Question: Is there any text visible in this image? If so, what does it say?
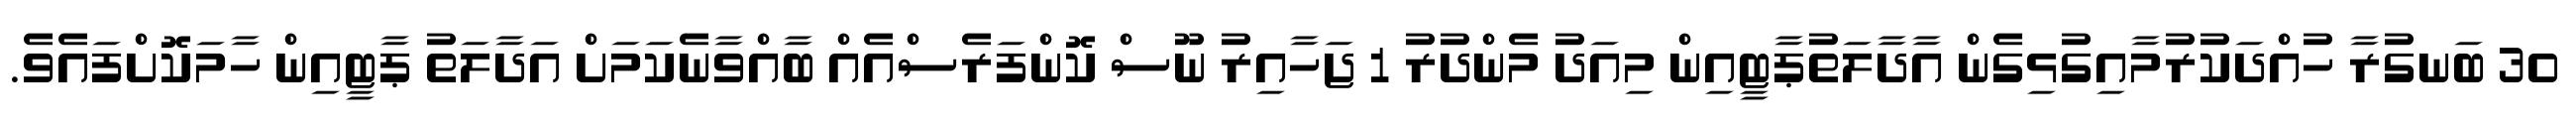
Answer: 30 ބަނގުރާ ހުއްދަކުރުމާއިގުޅިގެން އާދާލަތުޕާޓީއިން މިއަދު މެންދުރު 1 ޖަހާއިރު ނޫސް ކޮންފަރެސްއެއް ބާއްވާނެކަމަށް އަދާލަތު ޕާޓީއިން ހާމަކޮށްފައެވެ.